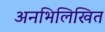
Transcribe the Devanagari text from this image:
अनभिलिखित